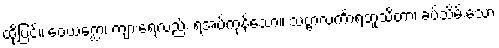
ထို့ပြင်။ ဝေယဂ္ဃော၊ ကျားရေလည်း ရံအပ်ကုန်သော။ သဗ္ဗာလင်္ကာရဘူသိတာ၊ ခပ်သိမ်းသော